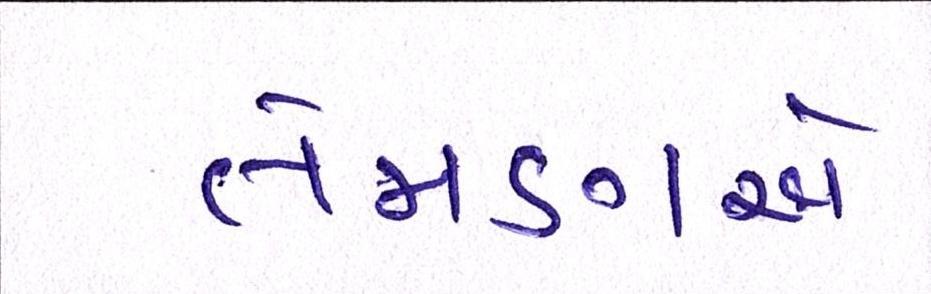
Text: તેમણએ